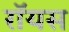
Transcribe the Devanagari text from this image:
राॅयस